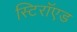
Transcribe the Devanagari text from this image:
स्टिरॉएड